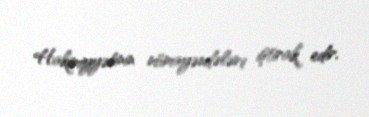
Hakimiyyətinin nümayəndələri iştirak edir.